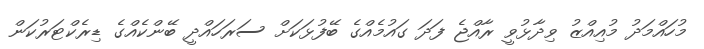
މުހައްމަދު މުއިއްޒު ވިދާޅުވީ ރާއްޖެ ފަދަ ގައުމެއްގެ ބޭފުޅަކަށް ސަރަހައްދީ ބޭންކެއްގެ ޑިރެކްޓަރުކަން